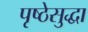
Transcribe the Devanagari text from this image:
पृष्ठेसुद्धा